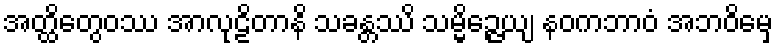
အတ္ထိတွေဝဿ အာလုဠိတာနိ သခန္တဿိ သမ္မိဉ္ဇေယျ နဝကဘာဝံ အဘဝိမှေ